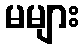
မများ